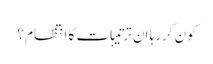
کون کررہا ان ترتیبات کا انتظام ؟